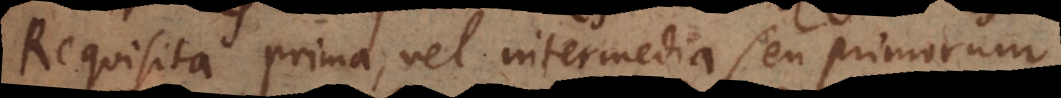
Requisita prima, vel intermedia seu primorum